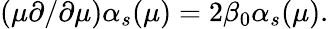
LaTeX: (\mu\partial/\partial\mu)\alpha_{s}(\mu)=2\beta_{0}\alpha_{s}(\mu).